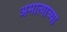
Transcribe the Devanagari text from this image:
अमात्याच्या